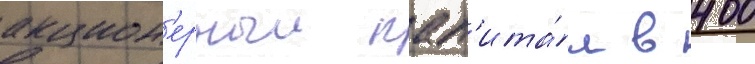
акцион'ерныи кап'ита́л в 400